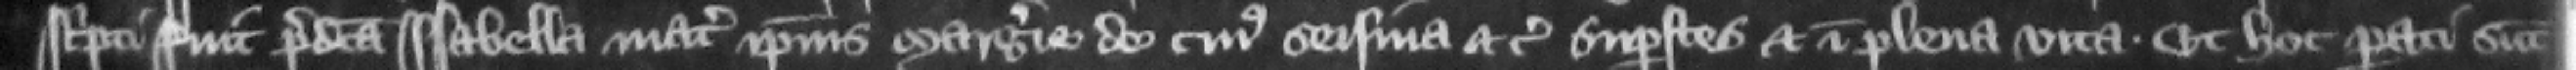
scripti fuit predicta Isabella mater ipsius Margerie de cuius seisina etc. superstes et in plena vita. Et hoc parati sunt